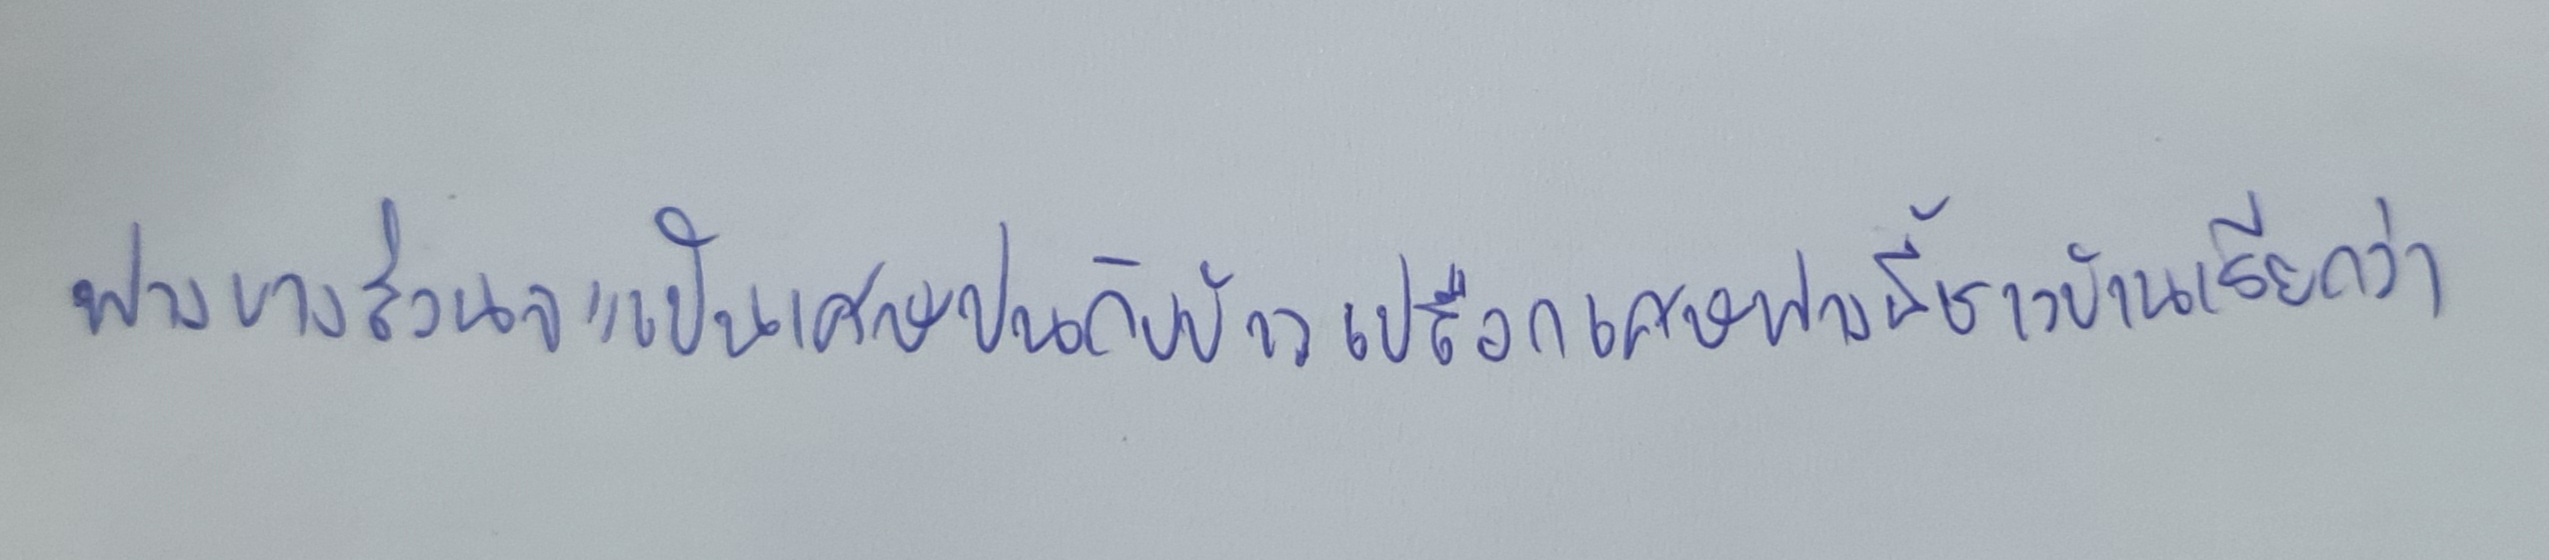
ฟางบางส่วนจะเป็นเศษปนกับข้าวเปลือกเศษฟางนี้ชาวบ้านเรียกว่า